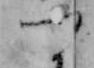
つ